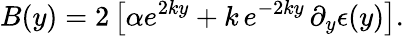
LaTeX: B(y)=2\left[\alpha e^{2ky}+k\, e^{-2ky}\, \partial_{y}\epsilon(y)\right].